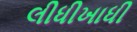
લીધીખાધી